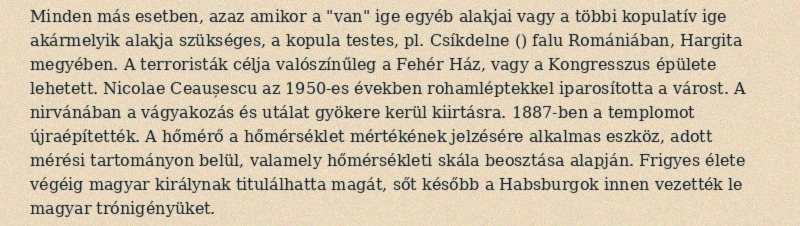
Minden más esetben, azaz amikor a "van" ige egyéb alakjai vagy a többi kopulatív ige akármelyik alakja szükséges, a kopula testes, pl. Csíkdelne () falu Romániában, Hargita megyében. A terroristák célja valószínűleg a Fehér Ház, vagy a Kongresszus épülete lehetett. Nicolae Ceaușescu az 1950-es években rohamléptekkel iparosította a várost. A nirvánában a vágyakozás és utálat gyökere kerül kiirtásra. 1887-ben a templomot újraépítették. A hőmérő a hőmérséklet mértékének jelzésére alkalmas eszköz, adott mérési tartományon belül, valamely hőmérsékleti skála beosztása alapján. Frigyes élete végéig magyar királynak titulálhatta magát, sőt később a Habsburgok innen vezették le magyar trónigényüket.